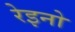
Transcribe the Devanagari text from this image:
रेइनो